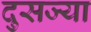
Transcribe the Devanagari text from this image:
दुसज्या